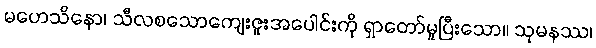
မဟေသိနော၊ သီလစသောကျေးဇူးအပေါင်းကို ရှာတော်မူပြီးသော။ သုမနဿ၊